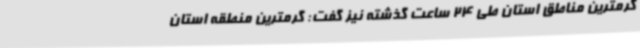
گرمترین مناطق استان طی 24 ساعت گذشته نیز گفت: گرمترین منطقه استان